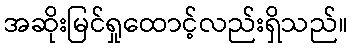
အဆိုးမြင်ရှုထောင့်လည်းရှိသည်။